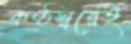
কণ্ঠস্বরেই